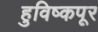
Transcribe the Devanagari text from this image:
हुविष्कपूर